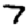
Digit: 7